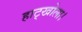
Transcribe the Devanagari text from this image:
हाट्खोला।